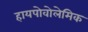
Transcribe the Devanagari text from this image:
हायपोवोलेमिक